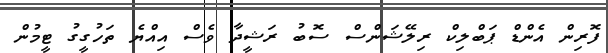
ފޮރިން އެންޑް ޕަބްލިކް ރިލޭޝަންސް ސޮބު ރަޝީދާ ވެސް އިއްޔެ ތަހުގީގު ޓީމުން